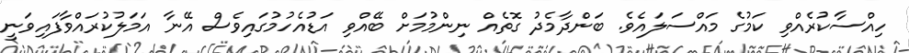
ހިއްސާކުރެއްވި ކަމުގެ މައްސަލައެވެ. ބަންދާމެދު ގޮތެއް ނިންމުމަށް ބޭއްވި އަޑުއެހުމުގައިވެސް އޭނާ އަމަލުކުރައްވާފައިވަނީ